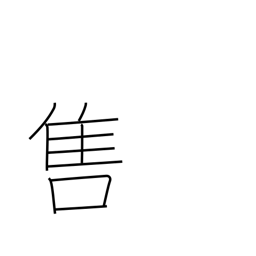
Meaning: be popular